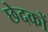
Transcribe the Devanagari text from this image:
छेदकों